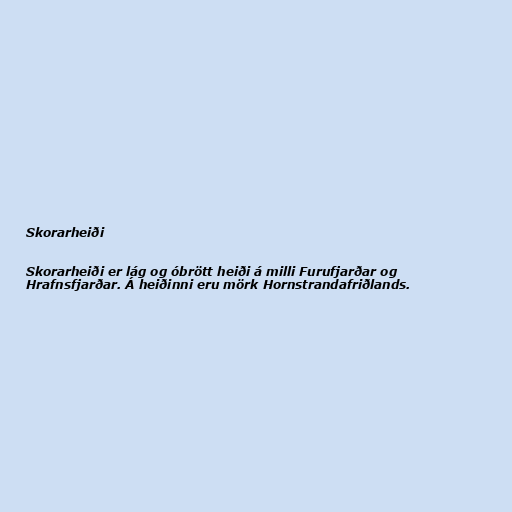
Skorarheiði

Skorarheiði er lág og óbrött heiði á milli Furufjarðar og
Hrafnsfjarðar. Á heiðinni eru mörk Hornstrandafriðlands.